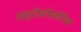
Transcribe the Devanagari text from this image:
पाइरोफ़ॉस्फ़ोरिक